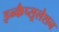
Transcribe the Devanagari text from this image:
इन्कैप्सूलेशन